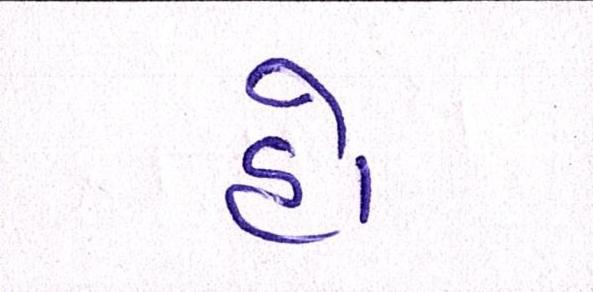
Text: હો